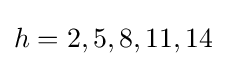
h=2,5,8,11,14